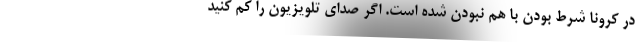
در کرونا شرط بودن با هم نبودن شده است. اگر صدای تلویزیون را کم کنید